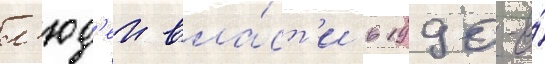
л'юд'еи вла́ст'и в 1990-е́